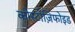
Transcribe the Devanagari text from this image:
कोस्टोज़िफोइड